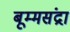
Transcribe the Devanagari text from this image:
बूम्मसंद्रा